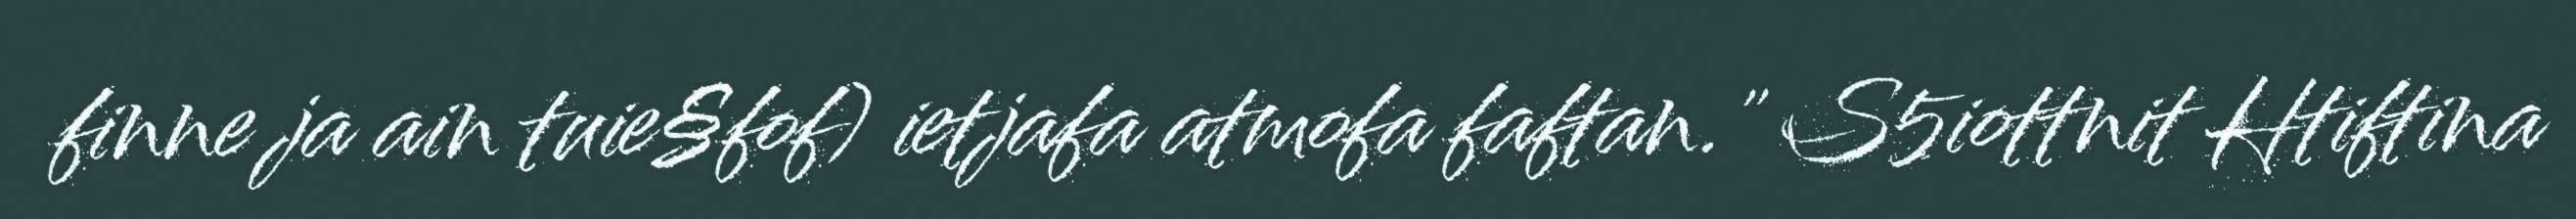
finne ja ain tuie§fof) ietjafa atmofa faftan." S5iottnit Htiftina